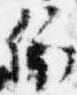
依